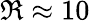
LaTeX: \Re\approx 10